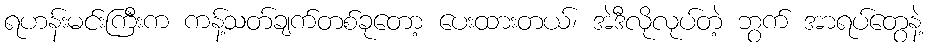
ရဟန်းမင်းကြီးက ကန့်သတ်ချက်တစ်ခုတော့ ပေးထားတယ်၊ အဲဒီလိုလုပ်တဲ့ ဘွက် အာရပ်တွေနဲ့